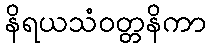
နိရယသံဝတ္တနိကာ